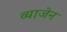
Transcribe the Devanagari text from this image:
व्याजेन